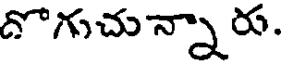
దొగుచున్నారు.